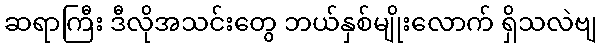
ဆရာကြီး ဒီလိုအသင်းတွေ ဘယ်နှစ်မျိုးလောက် ရှိသလဲဗျ